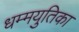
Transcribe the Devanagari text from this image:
धम्मयुतिका